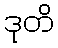
ဒုတိ